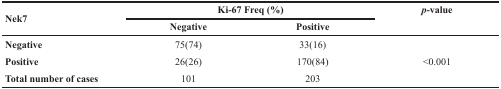
<table><thead><tr><td rowspan="2"><b>Nek7</b></td><td colspan="2"><b>Ki-67 Freq (%)</b></td><td rowspan="2"><b><i>p</i>-value</b></td></tr><tr><td><b>Negative</b></td><td><b>Positive</b></td></tr></thead><tbody><tr><td><b>Negative</b></td><td>75(74)</td><td>33(16)</td><td></td></tr><tr><td><b>Positive</b></td><td>26(26)</td><td>170(84)</td><td>&lt;0.001</td></tr><tr><td><b>Total number of cases</b></td><td>101</td><td>203</td><td></td></tr></tbody></table>